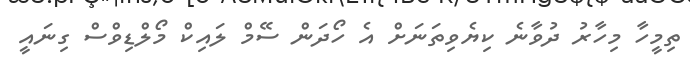
ތިމީހާ މިހާރު ދުވާނެ ކިޔެވިތަނަށް އެ ހޯދަން ސޭމް ލައިކް މޯލްޑިވްސް ގިނައީ